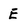
Character: E